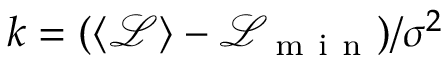
k = ( \langle \mathcal { L } \rangle - \mathcal { L } _ { \mathrm { ~ m ~ i ~ n ~ } } ) / \sigma ^ { 2 }